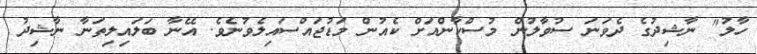
ހާލު" ނާޝިދުގެ ދެވަނަ ސުވާލުން މުސްކާންއަށް ކެއުން މަޑުޖައްސައިލެވުނެވެ. އޭނާ ބަލައިލިތަނާ ނާޝިދު